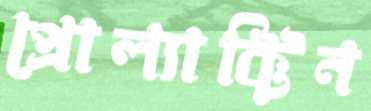
প্রোল্যাক্টিন